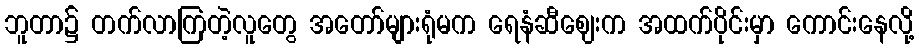
ဘူတာ၌ တက်လာကြတဲ့လူတွေ အတော်များရုံမက ရေနံဆီဈေးက အထက်ပိုင်းမှာ ကောင်းနေလို့